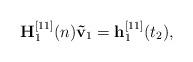
LaTeX: \begin{align*}{\bf{H}}_1^{[11]}(n){{\bf{\tilde v}}_1} = {\bf{h}}_1^{[11]}({t_2}),\end{align*}